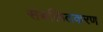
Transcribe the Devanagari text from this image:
संबलितकरण